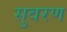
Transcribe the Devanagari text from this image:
सुवरण